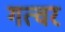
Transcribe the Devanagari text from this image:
गत्वर